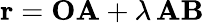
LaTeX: \mathbf{r}=\mathbf{OA}+\lambda\, \mathbf{AB}